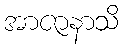
အာဇာနာသိ